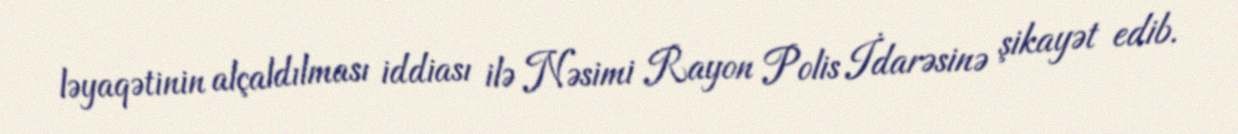
ləyaqətinin alçaldılması iddiası ilə Nəsimi Rayon Polis İdarəsinə şikayət edib.